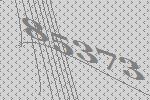
85373